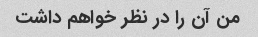
من آن را در نظر خواهم داشت